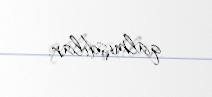
qalmışdılar.